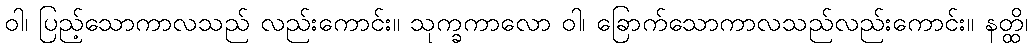
ဝါ၊ ပြည့်သောကာလသည် လည်းကောင်း။ သုက္ခကာလော ဝါ၊ ခြောက်သောကာလသည်လည်းကောင်း။ နတ္ထိ၊